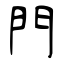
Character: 門